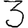
Digit: 3